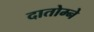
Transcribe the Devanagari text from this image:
दातोम्ने